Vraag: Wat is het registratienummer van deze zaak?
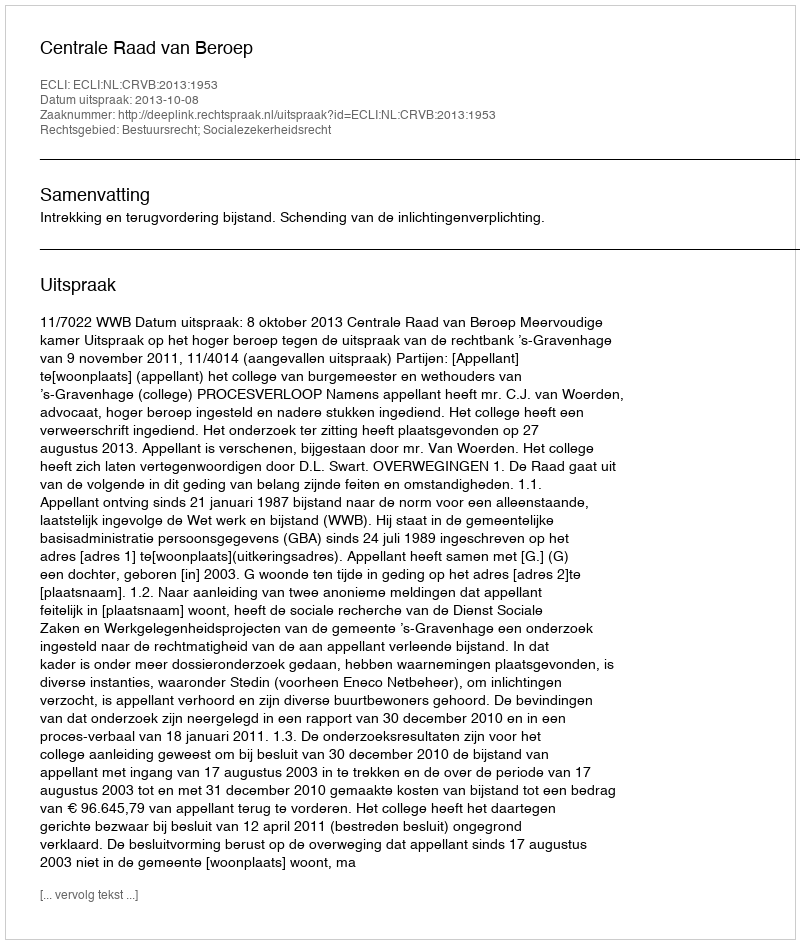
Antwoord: http://deeplink.rechtspraak.nl/uitspraak?id=ECLI:NL:CRVB:2013:1953